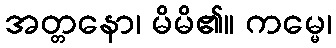
အတ္တနော၊ မိမိ၏။ ကမ္မေ၊